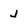
Character: j